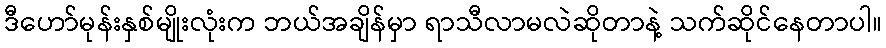
ဒီဟော်မုန်းနှစ်မျိုးလုံးက ဘယ်အချိန်မှာ ရာသီလာမလဲဆိုတာနဲ့ သက်ဆိုင်နေတာပါ။